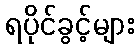
ရပိုင်ခွင့်များ